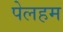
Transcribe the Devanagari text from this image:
पेलहम